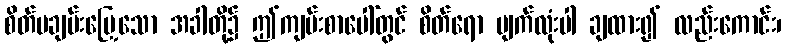
စိတ်မချမ်းမြေ့သော အခါတို့၌ ဤကျမ်းစာပေါ်တွင် စိတ်ရော မျက်လုံးပါ ချထား၍ လည်းကောင်း၊